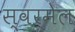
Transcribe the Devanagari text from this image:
स्वरमेल